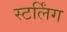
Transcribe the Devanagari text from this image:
स्टर्लिंग